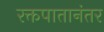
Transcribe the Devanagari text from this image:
रक्तपातानंतर